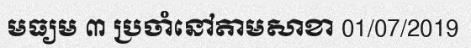
មធ្យម ៣ ប្រចាំនៅតាមសាខា 01/07/2019